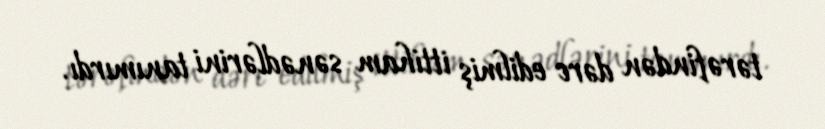
tərəfindən dərc edilmiş ittiham sənədlərini tanımırdı.